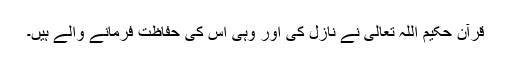
قرآن حکیم اللہ تعالی نے نازل کی اور وہی اس کی حفاظت فرمانے والے ہیں۔